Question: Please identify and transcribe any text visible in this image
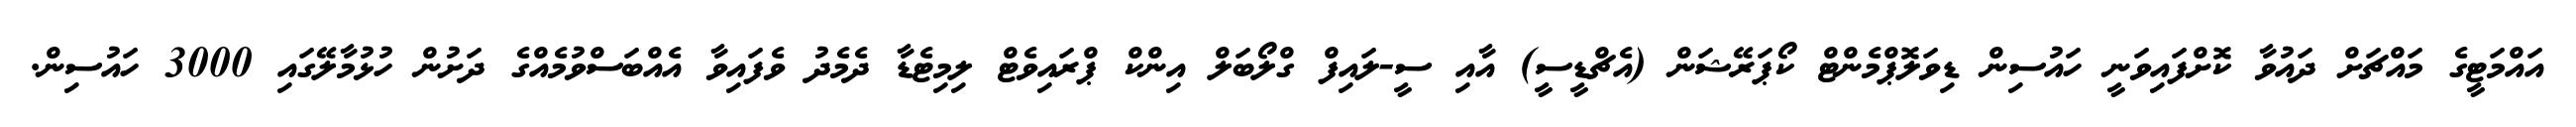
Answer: އައްމަޓީގެ މައްޗަށް ދައުވާ ކޮށްފައިވަނީ ހައުސިން ޑިވަލޮޕްމެންޓް ކޯޕަރޭޝަން (އެޗްޑީސީ) އާއި ސީ-ލައިފް ގްލޯބަލް އިންކް ޕްރައިވެޓް ލިމިޓެޑާ ދެމެދު ވެފައިވާ އެއްބަސްވުމެއްގެ ދަށުން ހުޅުމާލޭގައި 3000 ހައުސިން.